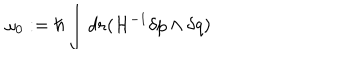
LaTeX: \omega _ { 0 } : = \hbar \int d { \bf r } ( { \cal H } ^ { - 1 } \delta p \wedge \delta q )